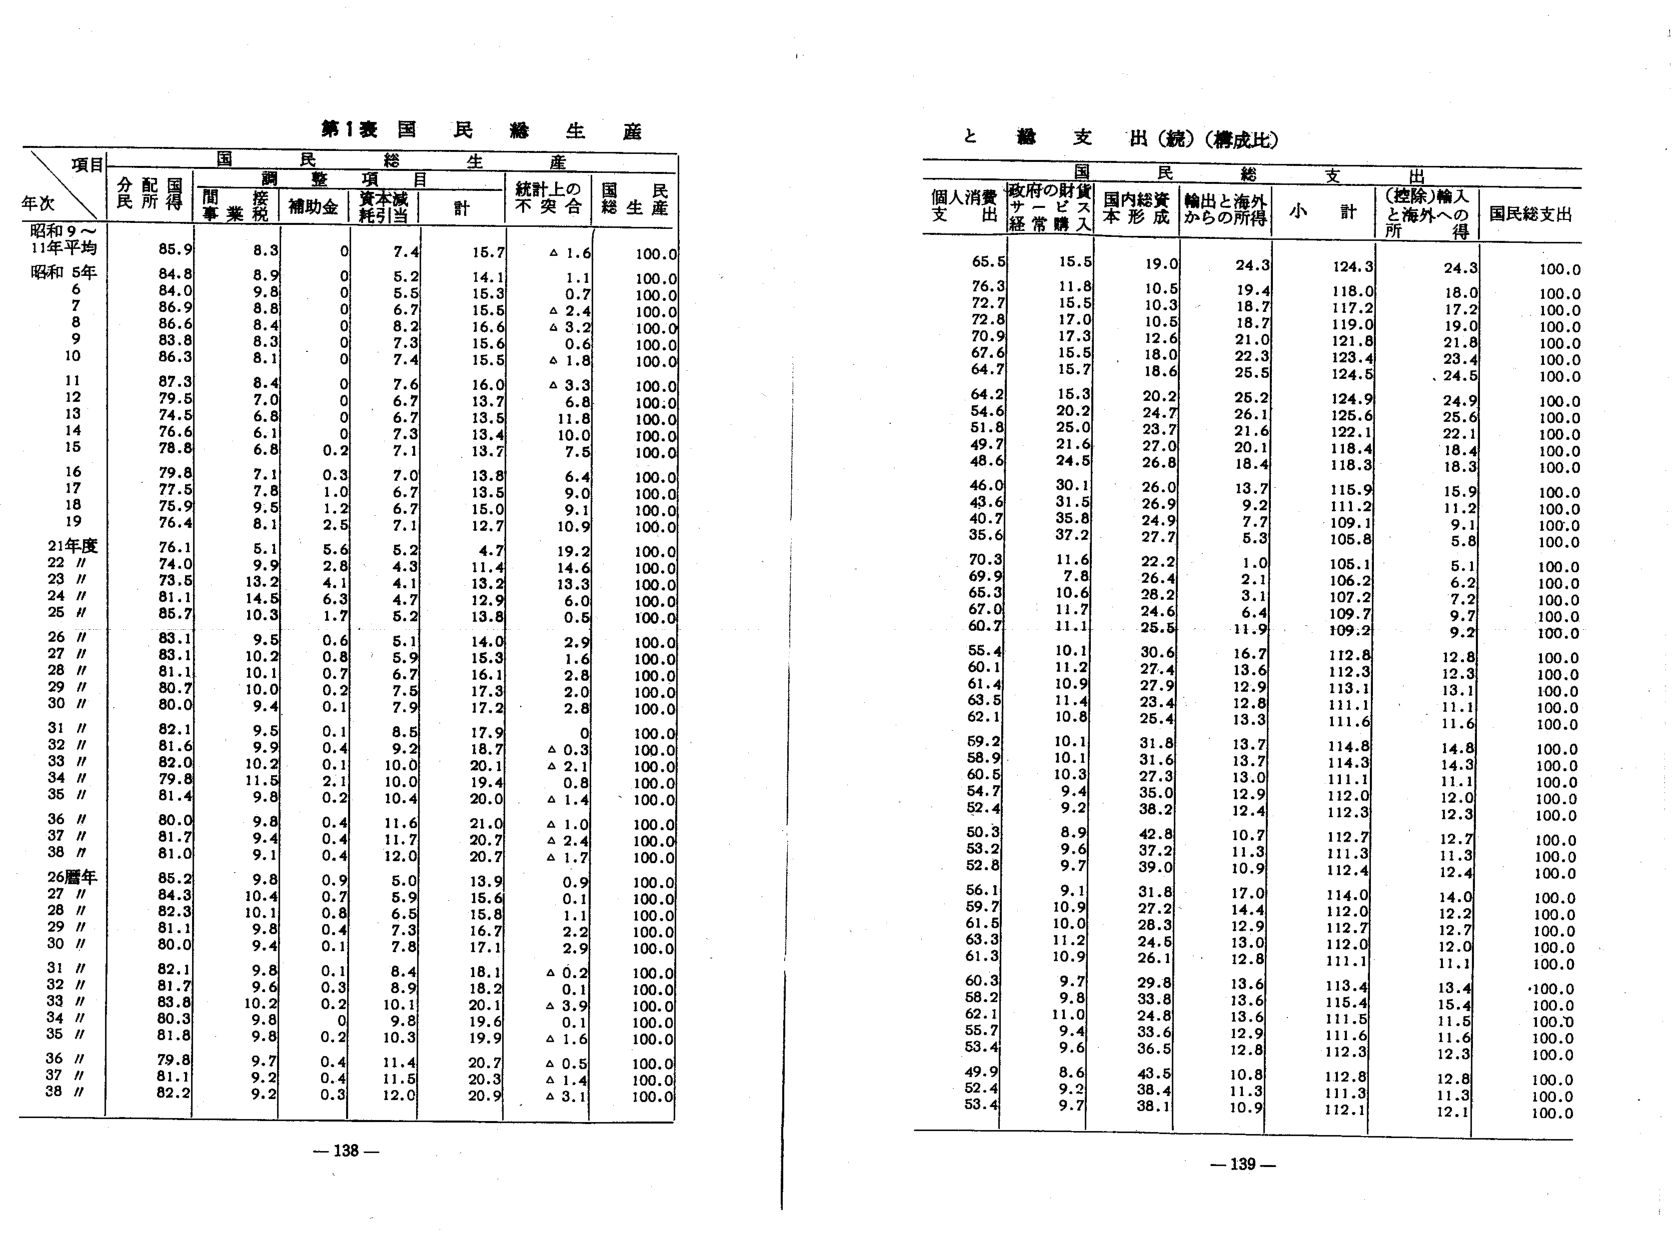
第1表 国民総生産

項目
年次
分配国民所得
国民総生産
調整項目
統計上の不突合
国民総生産
間接税
補助金
資本減耗引当
計

昭和9～11年平均
85.9
8.3
0
7.4
15.7
△1.6
100.0

昭和5年
84.8
8.9
0
5.2
14.1
1.1
100.0

6
84.0
9.8
0
5.5
15.3
0.7
100.0

7
86.9
8.8
0
6.7
15.5
△2.4
100.0

8
86.6
8.4
0
8.2
16.6
△3.2
100.0

9
83.8
8.3
0
7.3
15.6
0.6
100.0

10
86.3
8.1
0
7.4
15.5
△1.8
100.0

11
87.3
8.4
0
7.6
16.0
△3.3
100.0

12
79.5
7.0
0
6.7
13.7
6.8
100.0

13
74.5
6.8
0
6.7
13.5
11.8
100.0

14
76.6
6.1
0
7.3
13.4
10.0
100.0

15
78.8
6.8
0.2
7.1
13.7
7.5
100.0

16
79.8
7.1
0.3
7.0
13.8
6.4
100.0

17
77.5
7.8
1.0
6.7
13.5
9.0
100.0

18
75.9
9.5
1.2
6.7
15.0
9.1
100.0

19
76.4
8.1
2.5
7.1
12.7
10.9
100.0

21年度
76.1
5.1
5.6
5.2
4.7
19.2
100.0

22〃
74.0
9.9
2.8
4.3
11.4
14.6
100.0

23〃
73.5
13.2
4.1
4.1
13.2
13.3
100.0

24〃
81.1
14.5
6.3
4.7
12.9
6.0
100.0

25〃
85.7
10.3
1.7
5.2
13.8
0.5
100.0

26〃
83.1
9.5
0.6
5.1
14.0
2.9
100.0

27〃
83.1
10.2
0.8
5.9
15.3
1.6
100.0

28〃
81.1
10.1
0.7
6.7
16.1
2.8
100.0

29〃
80.7
10.0
0.2
7.5
17.3
2.0
100.0

30〃
80.0
9.4
0.1
7.9
17.2
2.8
100.0

31〃
82.1
9.5
0.1
8.5
17.9
0.0
100.0

32〃
81.6
9.9
0.4
9.2
18.7
△0.3
100.0

33〃
82.0
10.2
0.1
10.0
20.1
△2.1
100.0

34〃
79.8
11.5
2.1
10.0
19.4
0.8
100.0

35〃
81.4
9.8
0.2
10.4
20.0
△1.4
100.0

36〃
80.0
9.8
0.4
11.6
21.0
△1.0
100.0

37〃
81.7
9.4
0.4
11.7
20.7
△2.4
100.0

38〃
81.0
9.1
0.4
12.0
20.7
△1.7
100.0

26暦年
85.2
9.8
0.9
5.0
13.9
0.9
100.0

27〃
84.3
10.4
0.7
5.9
15.6
0.1
100.0

28〃
82.3
10.1
0.8
6.5
15.8
1.1
100.0

29〃
81.1
9.8
0.4
7.3
16.7
2.2
100.0

30〃
80.0
9.4
0.1
7.8
17.1
2.9
100.0

31〃
82.1
9.8
0.1
8.4
18.1
△0.2
100.0

32〃
81.7
9.6
0.3
8.9
18.2
0.1
100.0

33〃
83.8
10.2
0.2
10.1
20.1
△3.9
100.0

34〃
80.3
9.8
0
9.8
19.6
0.1
100.0

35〃
81.8
9.8
0.2
10.3
19.9
△1.6
100.0

36〃
79.8
9.7
0.4
11.4
20.7
△0.5
100.0

37〃
81.1
9.2
0.4
11.5
20.3
△1.4
100.0

38〃
82.2
9.2
0.3
12.0
20.9
△3.1
100.0

—138—

と総支出（続）（構成比）

国民総支出

個人消費支出
政府の財貨サービス経常購入
国内総資本形成
輸出と海外からの所得
小計
（控除）輸入と海外への所得
国民総支出

65.5
15.5
19.0
24.3
124.3
24.3
100.0

76.3
11.8
10.5
19.4
118.0
18.0
100.0

72.7
15.5
10.3
18.7
117.2
17.2
100.0

72.8
17.0
10.5
18.7
119.0
19.0
100.0

70.9
17.3
12.6
21.0
121.8
21.8
100.0

67.6
15.5
18.0
22.3
123.4
23.4
100.0

64.7
15.7
18.6
25.5
124.5
24.5
100.0

64.2
15.3
20.2
25.2
124.9
24.9
100.0

54.6
20.2
24.7
26.1
125.6
25.6
100.0

51.8
25.0
23.7
21.6
122.1
22.1
100.0

49.7
21.6
27.0
20.1
118.4
18.4
100.0

48.6
24.5
26.8
18.4
118.3
18.3
100.0

46.0
30.1
26.0
13.7
115.9
15.9
100.0

43.6
31.5
26.9
9.2
111.2
11.2
100.0

40.7
35.8
24.9
7.7
109.1
9.1
100.0

35.6
37.2
27.7
5.3
105.8
5.8
100.0

70.3
11.6
22.2
1.0
105.1
5.1
100.0

69.9
7.8
26.4
2.1
106.2
6.2
100.0

65.3
10.6
28.2
3.1
107.2
7.2
100.0

67.0
11.7
24.6
6.4
109.7
9.7
100.0

60.7
11.1
25.5
11.9
109.2
9.2
100.0

55.4
10.1
30.6
16.7
112.8
12.8
100.0

60.1
11.2
27.4
13.6
112.3
12.3
100.0

61.4
10.9
27.9
12.9
113.1
13.1
100.0

63.5
11.4
23.4
12.8
111.1
11.1
100.0

62.1
10.8
25.4
13.3
111.6
11.6
100.0

59.2
10.1
31.8
13.7
114.8
14.8
100.0

58.9
10.1
31.6
13.7
114.3
14.3
100.0

60.5
10.3
27.3
13.0
111.1
11.1
100.0

54.7
9.4
35.0
12.9
112.0
12.0
100.0

52.4
9.2
38.2
12.4
112.3
12.3
100.0

50.3
8.9
42.8
10.7
112.7
12.7
100.0

53.2
9.6
37.2
11.3
111.3
11.3
100.0

52.8
9.7
39.0
10.9
112.4
12.4
100.0

56.1
9.1
31.8
17.0
114.0
14.0
100.0

59.7
10.9
27.2
14.4
112.0
12.2
100.0

61.5
10.0
28.3
12.9
112.7
12.7
100.0

63.3
11.2
24.5
13.0
112.0
12.0
100.0

61.3
10.9
26.1
12.8
111.1
11.1
100.0

60.3
9.7
29.8
13.6
113.4
13.4
100.0

58.2
9.8
33.8
13.6
115.4
15.4
100.0

62.1
11.0
24.8
13.6
111.5
11.5
100.0

55.7
9.4
33.6
12.9
111.6
11.6
100.0

53.4
9.6
36.5
12.8
112.3
12.3
100.0

49.9
8.6
43.5
10.8
112.8
12.8
100.0

52.4
9.2
38.4
11.3
111.3
11.3
100.0

53.4
9.7
38.1
10.9
112.1
12.1
100.0

—139—